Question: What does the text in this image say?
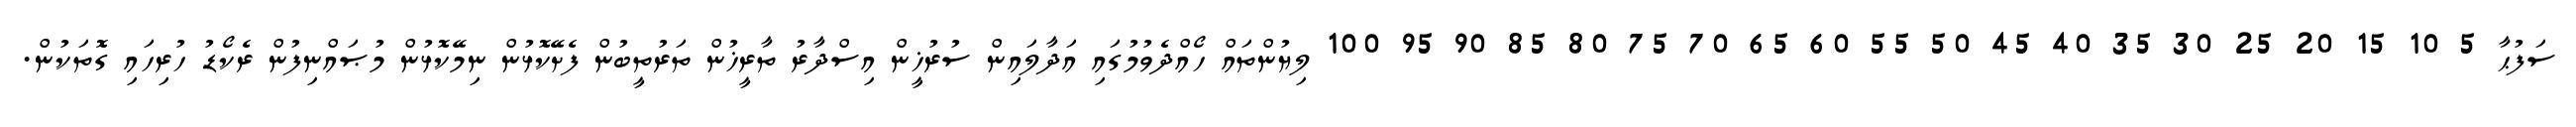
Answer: ސަފުޙާ 5 10 15 20 25 30 35 40 45 50 55 60 65 70 75 80 85 90 95 100 ލިޔުންތައް ހޯއްދެވުމުގައި އަދާލައިން ސުރުޚީން އިސްދާރު ތާރީޚުން ތަރުތީބުން ފެށޭކޮޅުން ނިމޭކޮޅުން މުޞައްނިފުން ރެކޯޑު ހުރިހައި ގޮތަކުން.